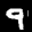
Label: 9